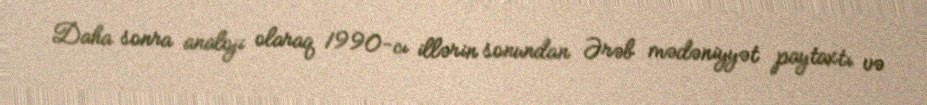
Daha sonra analoji olaraq 1990-cı illərin sonundan Ərəb mədəniyyət paytaxtı və